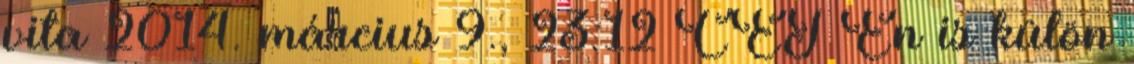
vita 2014. március 9., 23:12 CET Én is külön